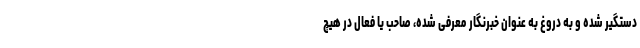
دستگیر شده و به دروغ به عنوان خبرنگار معرفی شده، صاحب یا فعال در هیچ